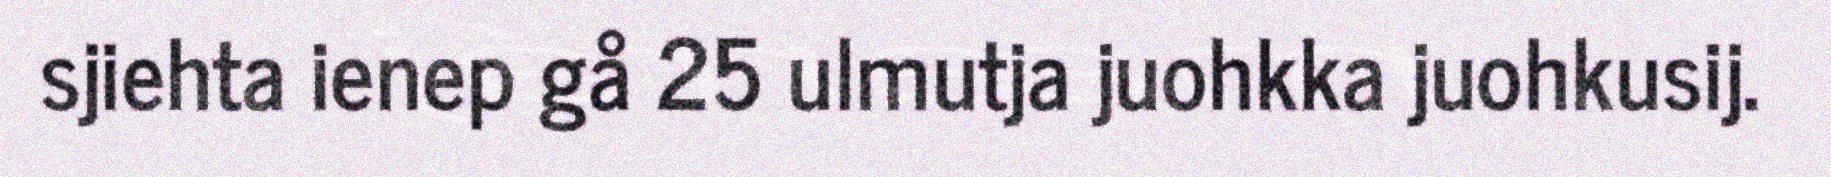
sjiehta ienep gå 25 ulmutja juohkka juohkusij.